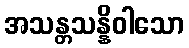
အသန္တသန္နိဝါသော